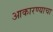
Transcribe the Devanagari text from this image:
आकारण्याचा